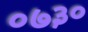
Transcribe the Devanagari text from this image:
०७३०